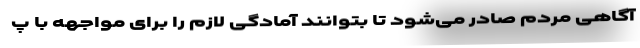
آگاهی مردم صادر می‌شود تا بتوانند آمادگی لازم را برای مواجهه با پ